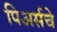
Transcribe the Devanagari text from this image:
पिअर्सचे